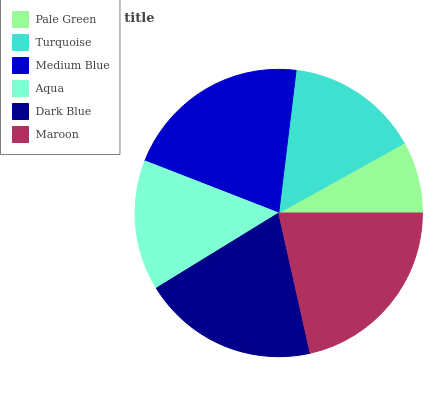
| Pale Green | Turquoise | Medium Blue | Aqua | Dark Blue | Maroon |
 | --- | --- | --- | --- | --- | --- |
 | 8.07% | 15% | 21% | 14.7% | 19.7% | 21.5% |